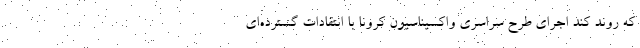
که روند کند اجرای طرح سراسری واکسیناسیون کرونا با انتقادات گسترده‌ای